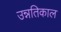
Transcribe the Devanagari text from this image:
उन्नतिकाल